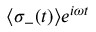
\langle \sigma _ { - } ( t ) \rangle e ^ { i \omega t }